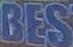
BES